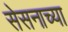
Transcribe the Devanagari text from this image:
सेसनाच्या